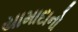
યામાદાનો